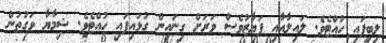
ލިބިފައި ހުއްޓެވެ. ލައިލާއާއި ފަޔާޒުވެސް ވަރަށް ގިނައިން ގުޅައިފައި ހުއްޓެވެ. ޝިމާޔާ ވަގުތުން